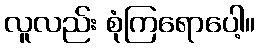
လူလည်း စုံကြရောပေါ့။